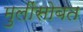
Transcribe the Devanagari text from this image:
मुलींसोबत